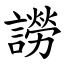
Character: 䜎